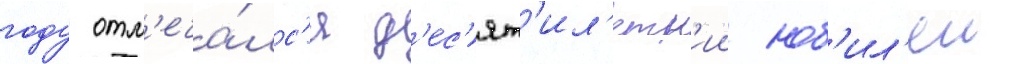
году отм'еча́лс'я д'ес'ят'ил'етн'ии юб'ил'еи